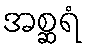
အစ္ဆရံ